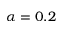
\alpha = 0 . 2